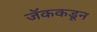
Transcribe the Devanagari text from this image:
जॅककडून